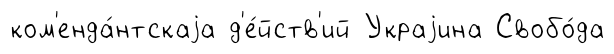
ком'енда́нтскаjа д'е́йств'ий Украjина Свобо́да